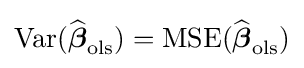
\operatorname {Var} ({\widehat {\boldsymbol {\beta }}}_{\mathrm {ols} })=\operatorname {MSE} ({\widehat {\boldsymbol {\beta }}}_{\mathrm {ols} })